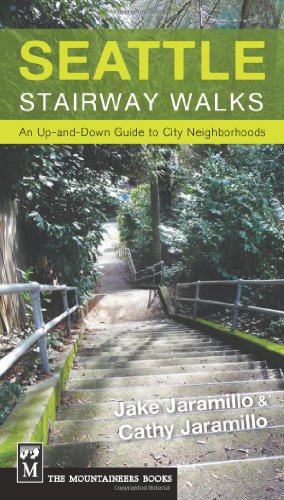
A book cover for Seattle Stairway Walks: An Up-and-Down Guide to City Neighborhoods; Jake Jaramillo; Travel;